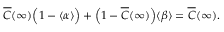
\overline { { C } } ( \infty ) \Big ( 1 - \langle \alpha \rangle \Big ) + \Big ( 1 - \overline { { C } } ( \infty ) \Big ) \langle \beta \rangle = \overline { { C } } ( \infty ) .